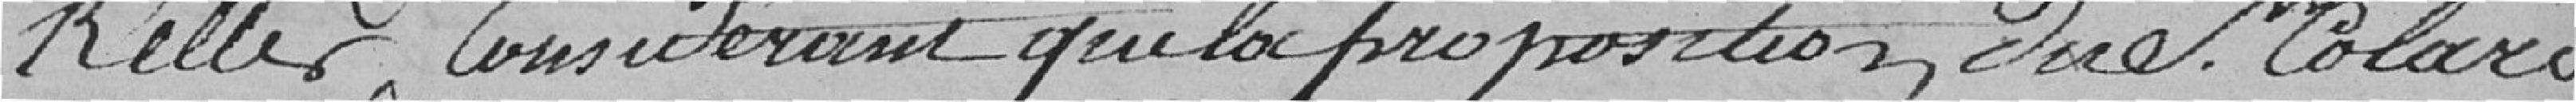
Keller, Considérant que la proposition due S. Colard